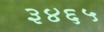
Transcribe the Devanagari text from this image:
३४६५